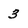
Character: 3